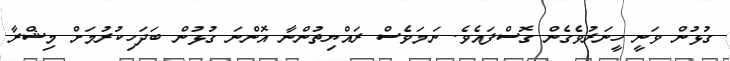
ގުޅުން ވަނީ ހީނަރުވެގެން ގޮސްފައެވެ. ނަމަވެސް ރައްޔިތުންނާ އޮންނަ ގުޅުން ބަދަހިކުރުމަށް މިޝްރާ